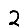
Digit: 2